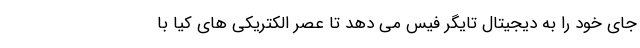
جای خود را به دیجیتال تایگر فیس می دهد تا عصر الکتریکی های کیا با